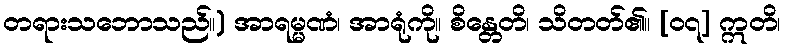
တရားသဘောသည်။) အာရမ္မဏံ၊ အာရုံကို။ စိန္တေတိ၊ သိတတ်၏။ [၀၇] ဣတိ၊